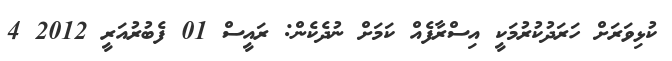
ކުޅިވަރަށް ހަރަދުކުރުމަކީ އިސްރާފެއް ކަމަށް ނުދެކެން: ރައީސް 01 ފެބުރުއަރީ 2012 4